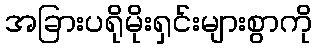
အခြားပရိုမိုးရှင်းများစွာကို